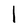
Character: l